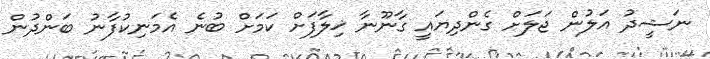
ނަޝީދު އަލުން ޖަލަށް ގެންދިޔައީ ގާނޫނާ ޚިލާފަށް ކަމަށް ބުނެ އެމަނިކުފާނު ބަންދުން